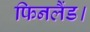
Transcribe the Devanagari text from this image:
फिनलैंड।